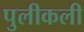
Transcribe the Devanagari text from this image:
पुलीकली